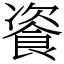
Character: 餈